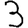
Digit: 3